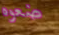
ضعوه